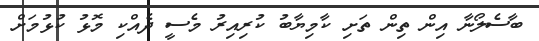
ބާސެލޯނާ އިން ތިން ތަށި ކާމިޔާބު ކުރިއިރު މެސީ ދެއްކި މޮޅު ކުޅުމަށް